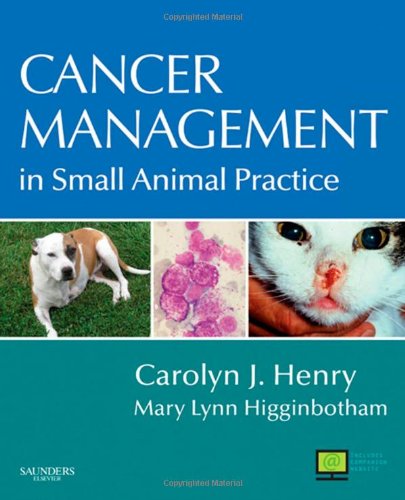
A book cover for Cancer Management in Small Animal Practice, 1e; Carolyn J. Henry DVM  MS  DACVIM (Oncology); Medical Books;